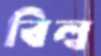
বিল্ব